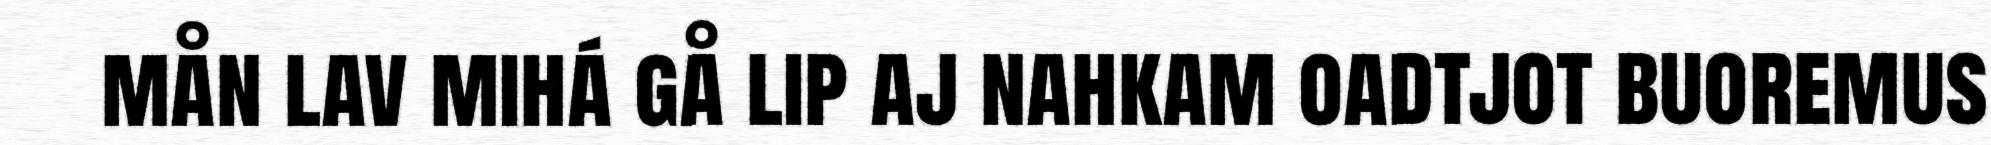
mån lav mihá gå lip aj nahkam oadtjot buoremus